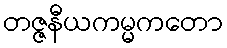
တဇ္ဇနီယကမ္မကတော